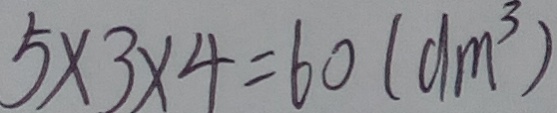
5 \times 3 \times 4 = 6 0 ( d m ^ { 3 } )